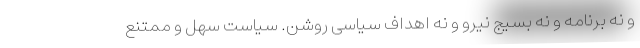
و نه برنامه و نه بسیج نیرو و نه اهداف سیاسی روشن. سیاست سهل و ممتنع